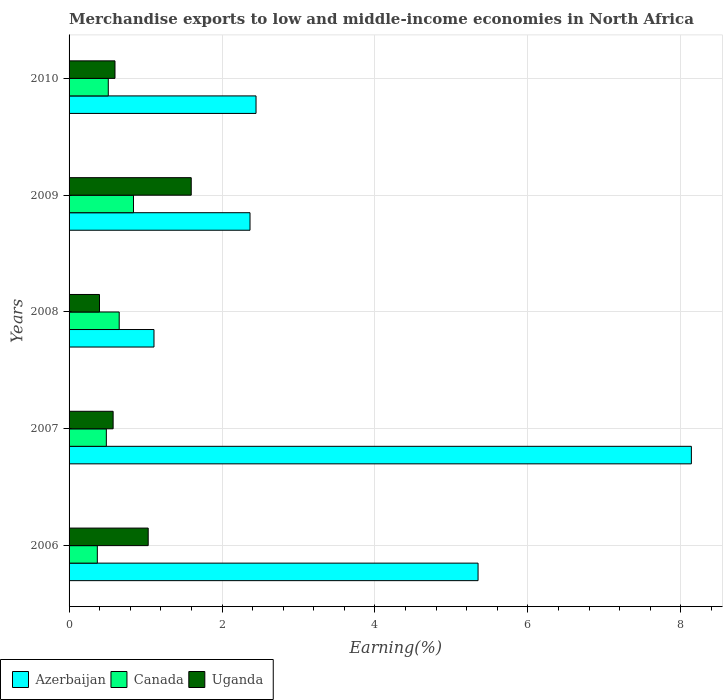
| Years | Azerbaijan | Canada | Uganda |
 | --- | --- | --- | --- |
 | 2006 | 5.35 | 0.37 | 1.03 |
 | 2007 | 8.14 | 0.487 | 0.576 |
 | 2008 | 1.11 | 0.656 | 0.398 |
 | 2009 | 2.37 | 0.842 | 1.6 |
 | 2010 | 2.44 | 0.513 | 0.6 |